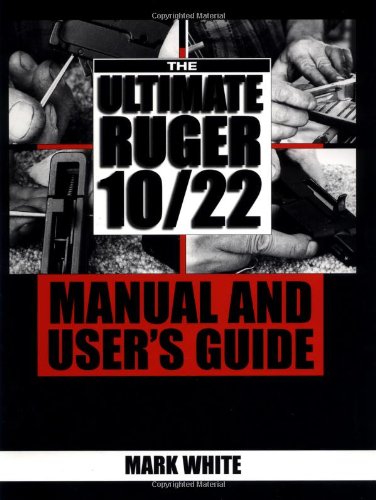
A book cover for The Ultimate Ruger 10/22 Manual And User's Guide; Mark White; Reference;